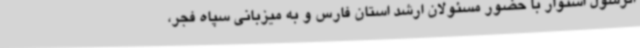
الرسول استوار با حضور مسئولان ارشد استان فارس و به میزبانی سپاه فجر،